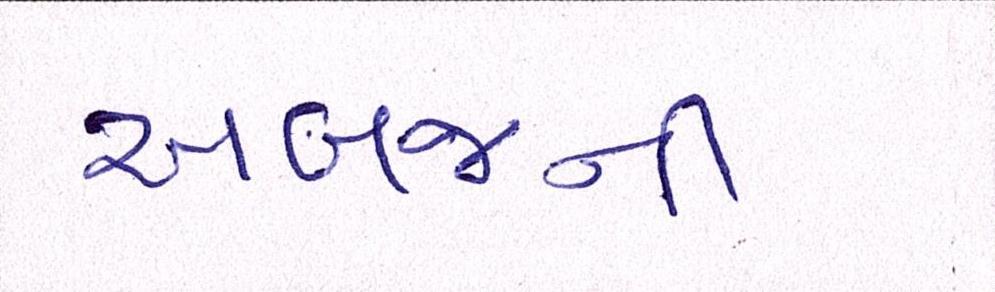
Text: અબજની